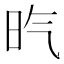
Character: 𣅠